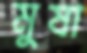
মুষা